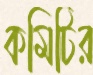
কমিটির